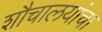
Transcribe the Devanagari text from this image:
शौचालयांचा